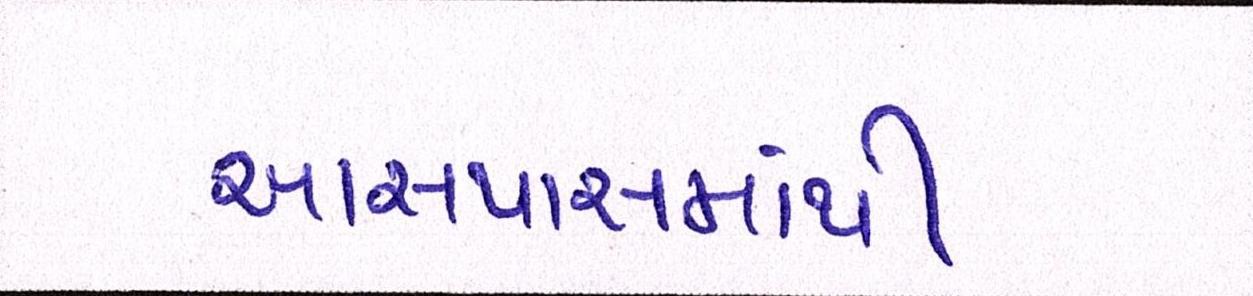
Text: આસપાસમાંથી